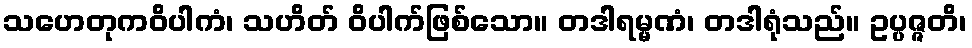
သဟေတုကဝိပါကံ၊ သဟိတ် ဝိပါက်ဖြစ်သော။ တဒါရမ္မဏံ၊ တဒါရုံသည်။ ဥပ္ပဇ္ဇတိ၊